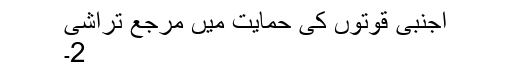
اجنبی قوتوں کی حمایت میں مرجع تراشی
2۔